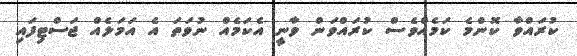
ކުރައްވާ ކޮންމެ ކަމެއްވެސް ކުރައްވަން ވާނީ އެކަމެއް ނުވަތަ އެ އަމަލެއް ޖަސްޓިފައި